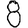
Digit: 8